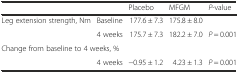
|  |  | Placebo | MFGM | P-value |
 | --- | --- | --- | --- | --- |
 | Leg extension strength, Nm | Baseline | 177.6 ± 7.3 | 175.8 ± 8.0 |  |
 |  | 4 weeks | 175.7 ± 7.3 | 182.2 ± 7.0 | P = 0.001 |
 | <COLSPAN=5> Change from baseline to 4 weeks, % |
 |  | 4 weeks | −0.95 ± 1.2 | 4.23 ± 1.3 | P = 0.001 |